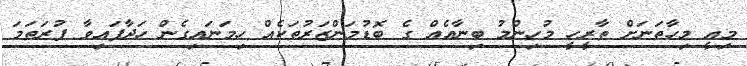
މިއީ މިހާތަނަށް ތާރީހީ މުހިންމު ބިނާއެއް ގެ ބޮޑުމަންޒަރުތަކެއް ހިމަނައިގެން ހަދާފައިވާ ފުރަތަމަ